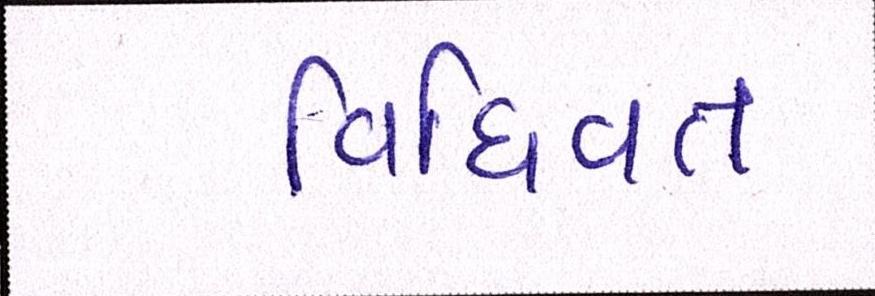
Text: વિધિવત